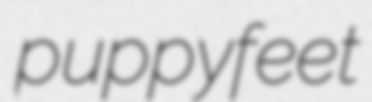
puppyfeet